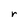
Character: r